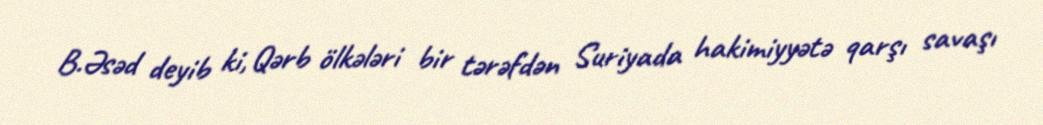
B.Əsəd deyib ki, Qərb ölkələri bir tərəfdən Suriyada hakimiyyətə qarşı savaşı